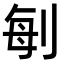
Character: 𠜮